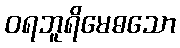
ဝရဘူရိမေဓသော